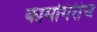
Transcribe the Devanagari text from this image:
कामगिरीचं